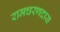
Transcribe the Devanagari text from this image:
रामचरणदास